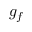
g _ { f }